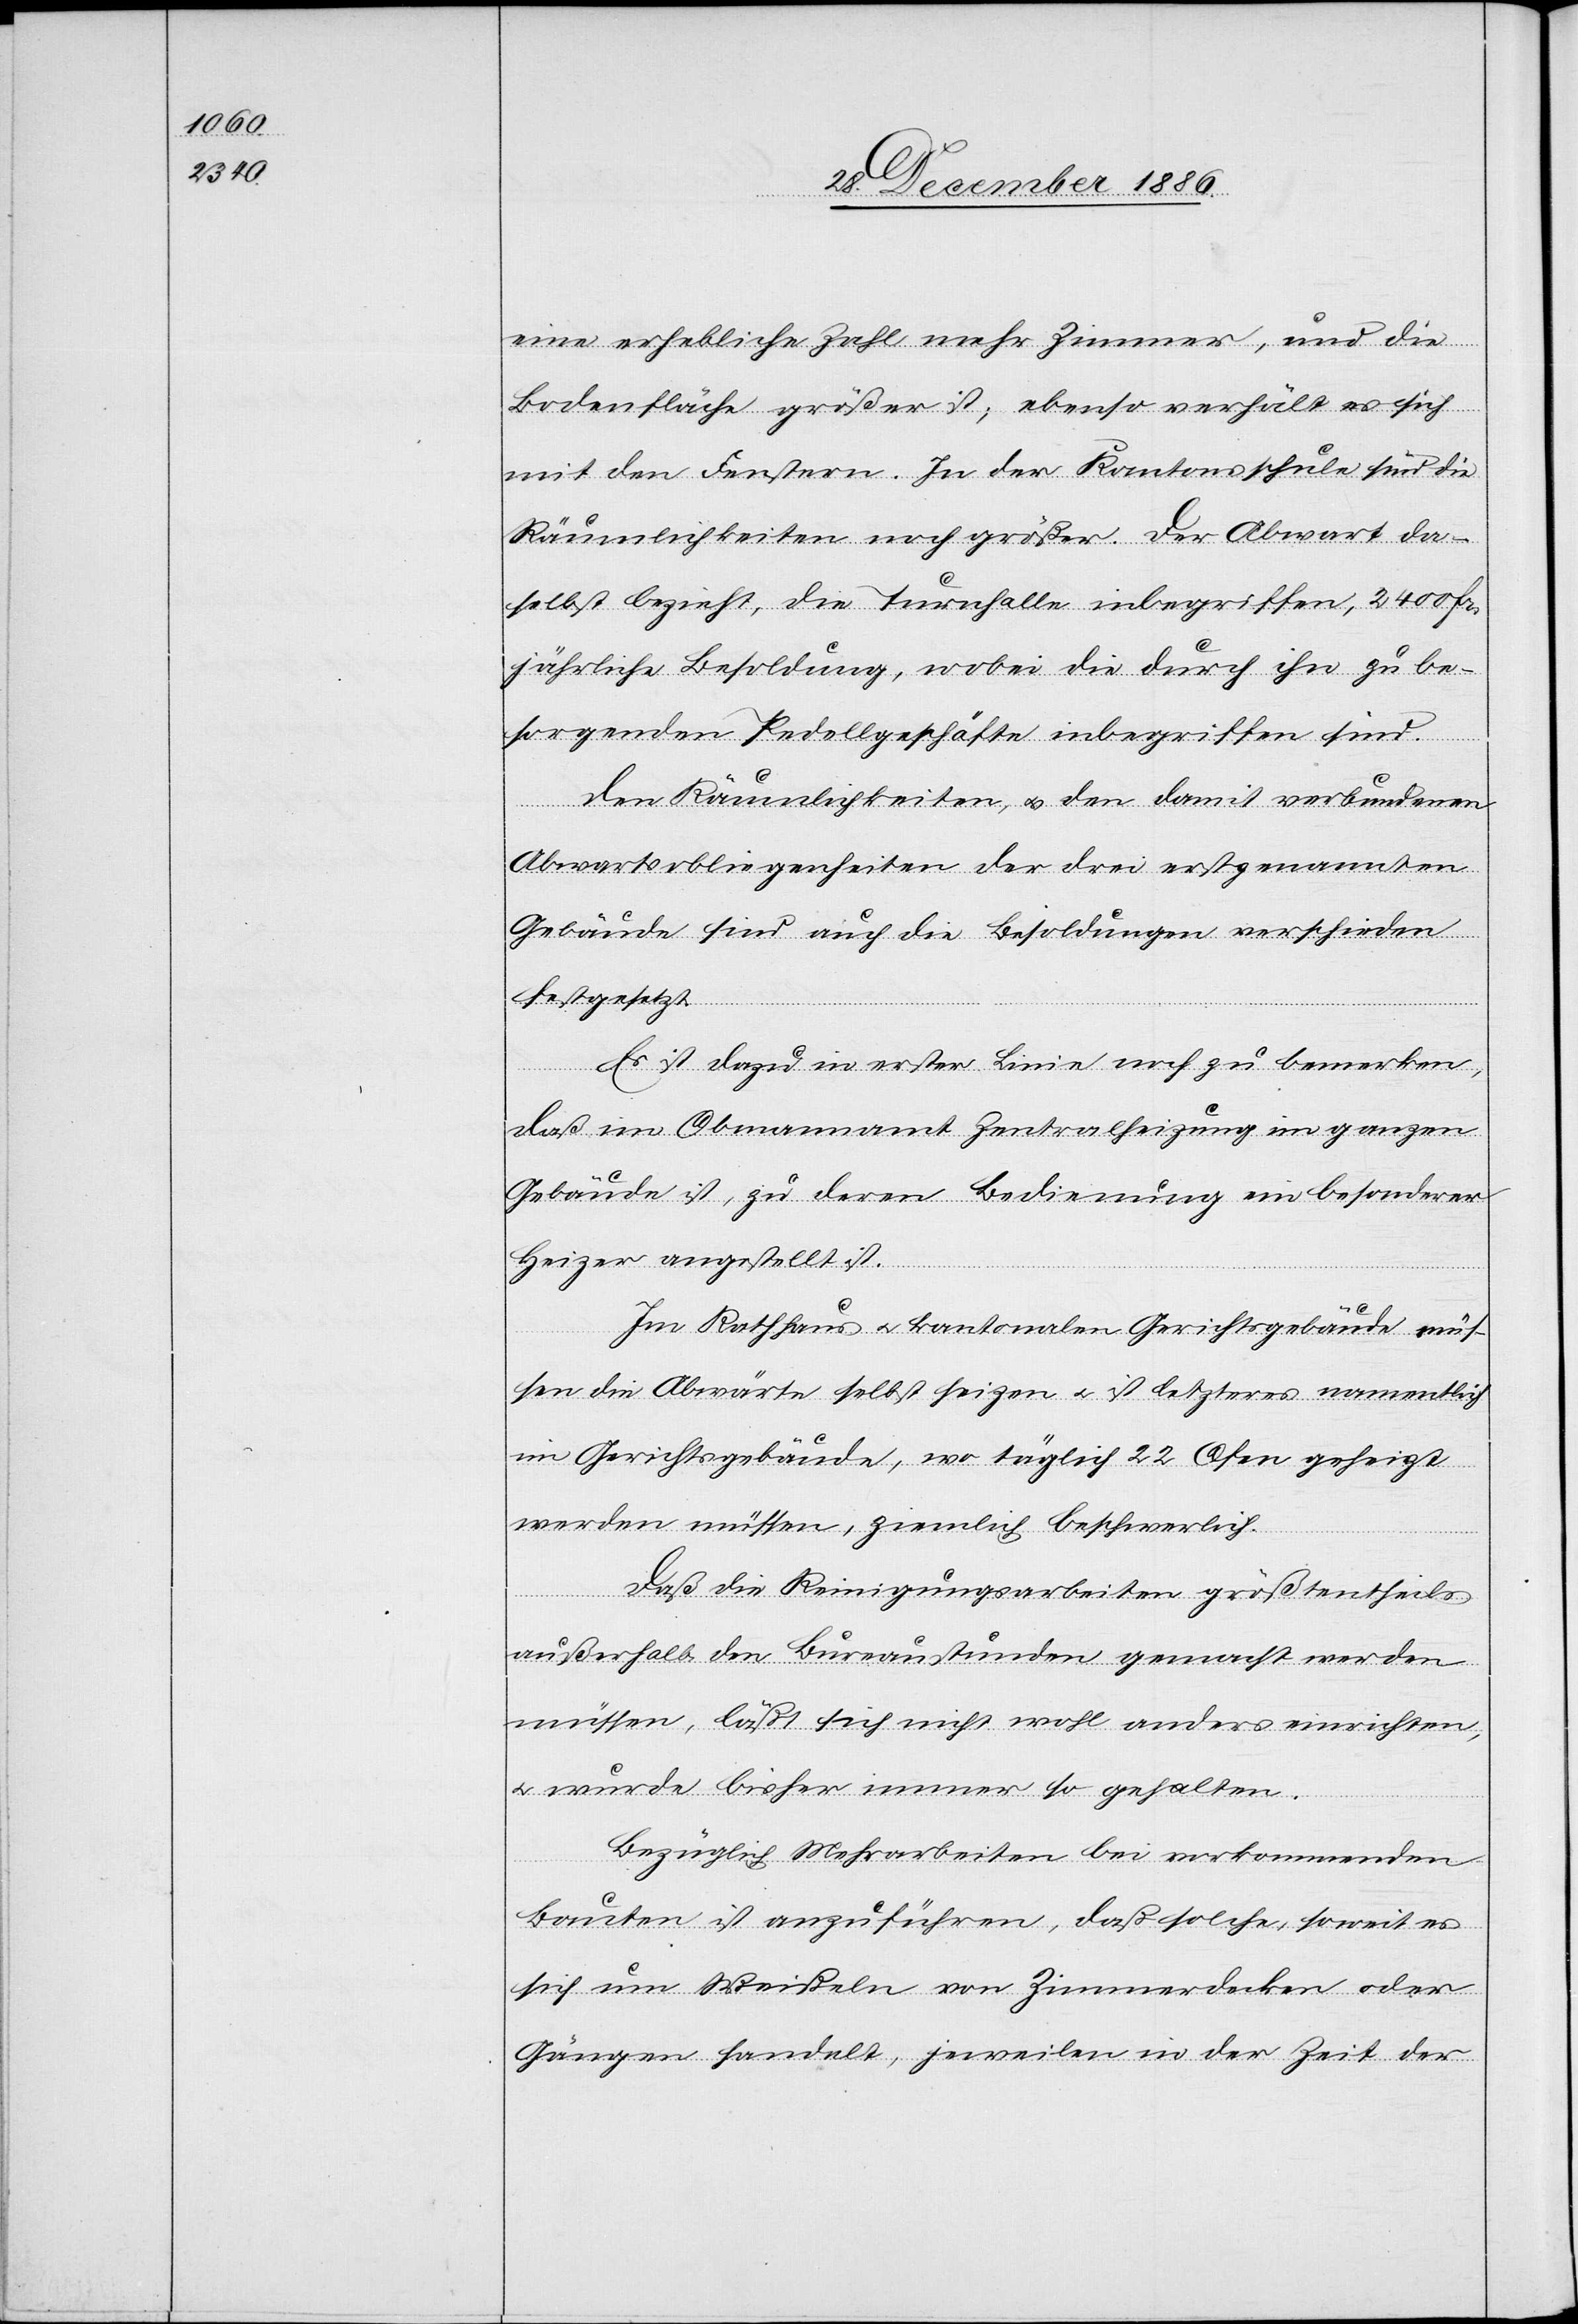
eine erhebliche Zahl mehr Zimmer [sic!], und die
Bodenfläche größer ist; ebenso verhält es sich
mit den Fenstern. In der Kantonsschule sind die
Räumlichkeiten noch größer. Der Abwart da¬
selbst bezieht, die Turnhalle inbegriffen, 2400 Fr.
jährliche Besoldung, wobei die durch ihn zu be¬
sorgenden Pedellgeschäfte inbegriffen sind.
Den Räumlichkeiten, & den damit verbundenen
Abwartsobliegenheiten der drei erstgenannten
Gebäude sind auch die Besoldungen verschieden
festgesetzt
Es ist dazu in erster Linie noch zu bemerken,
daß im Obmannamt Zentralheizung im ganzen
Gebäude ist, zu deren Bedienung ein besonderer
Heizer angestellt ist.
Im Rathhaus & kantonalen Gerichtsgebäude müs¬
sen die Abwärte selbst heizen & ist letzteres namentlich
im Gerichtsgebäude, wo täglich 22 Ofen geheizt
werden müssen, ziemlich beschwerlich.
Daß die Reinigungsarbeiten größtentheils
außerhalb den Bureaustunden gemacht werden
müssen, läßt sich nicht wohl anders einrichten,
& wurde bisher immer so gehalten.
Bezüglich Mehrarbeiten bei vorkommenden
Bauten ist anzuführen, daß solche, soweit es
sich um Weißeln von Zimmerdecken oder
Gängen handelt, jeweilen in der Zeit der